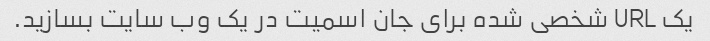
یک URL شخصی شده برای جان اسمیت در یک وب سایت بسازید.